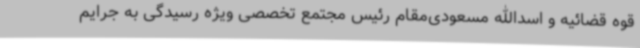
قوه قضائیه و اسدالله مسعودی‌مقام رئیس مجتمع تخصصی ویژه رسیدگی به جرایم